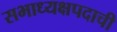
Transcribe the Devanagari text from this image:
सभाध्यक्षपदाची